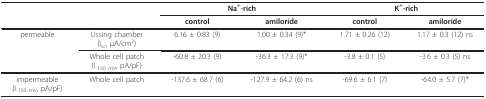
|  |  | <COLSPAN=2> Na+-rich | <COLSPAN=2> K+-rich |
 |  |  | control | amiloride | control | amiloride |
 | --- | --- | --- | --- | --- | --- |
 | permeable | Ussing chamber(Isc, μA/cm2) | 6.16 ± 0.83 (9) | 1.00 ± 0.34 (9)* | 1.71 ± 0.26 (12) | 1.17 ± 0.3 (12) ns |
 |  | Whole cell patch(I-120 mV, pA/pF) | -60.8 ± 20.3 (9) | -36.3 ± 17.3 (9)* | -3.8 ± 0.1 (5) | -3.6 ± 0.3 (5) ns |
 | impermeable(I-120 mV, pA/pF) | Whole cell patch | -137.6 ± 68.7 (6) | -127.9 ± 64.2 (6) ns | -69.6 ± 6.1 (7) | -64.0 ± 5.7 (7)* |